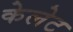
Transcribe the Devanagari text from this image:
केलेट